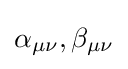
\alpha _{\mu \nu },\beta _{\mu \nu }